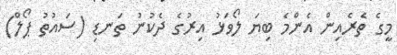
މީގެ ތެރެއިން އެންމެ ބިޔަ ލޯވަޅު އިރުގެ ދެކުނު ތަނޑި (ސައުތު ޕޯލް)